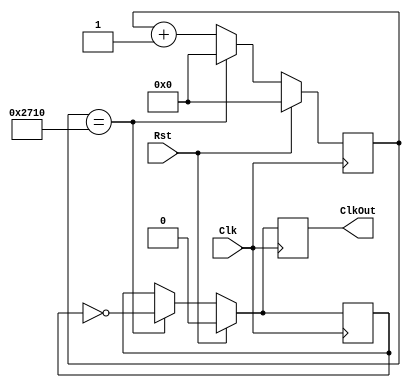
module ClkDiv(Clk, Rst, ClkOut);
   input Clk, Rst;
   output reg ClkOut;
  //to create 1 Hz clock from 100-MHz on the board
  //parameter DivVal = 50000000;  
  //to create 100 Hz clock
  parameter DivVal = 10000;
   reg [25:0] DivCnt;
   reg ClkInt;
	
   always @(posedge Clk) begin
      if( Rst == 1 )begin
         DivCnt <= 0;
         ClkOut <= 0;
         ClkInt <= 0;
      end
      else begin
         if( DivCnt == DivVal ) begin
            	ClkOut <= ~ClkInt;
            	ClkInt <= ~ClkInt;
            	DivCnt <= 0;
         end
         else begin
            	ClkOut <= ClkInt;
            	ClkInt <= ClkInt;
            	DivCnt <= DivCnt + 1;
         end
      end
   end
endmodule